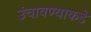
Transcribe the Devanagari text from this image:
उंचावण्याकडे